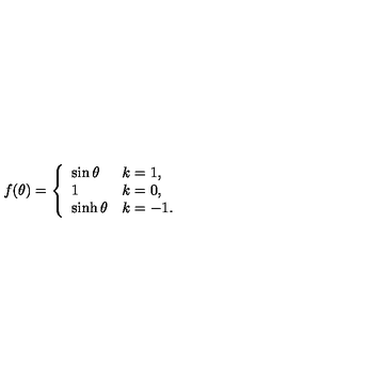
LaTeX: f ( \theta ) = \left\{ \begin{array} { l l } { \sin \theta } & { k = 1 , } \\ { 1 } & { k = 0 , } \\ { \sinh \theta } & { k = - 1 . } \\ \end{array} \right.